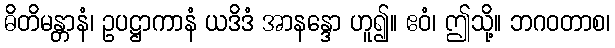
ဓိတိမန္တာနံ၊ ဥပဋ္ဌာကာနံ ယဒိဒံ အာနန္ဒော ဟူ၍။ ဧဝံ၊ ဤသို့။ ဘဂဝတာစ၊